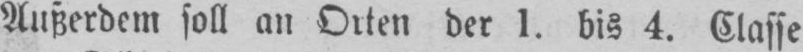
Außerdem soll an Orten der 1. bis 4. Classe